Annual report of the Punjab Veterinary College and of the Civil Veterinary Department, Punjab - 1926-1932
Year: 1926
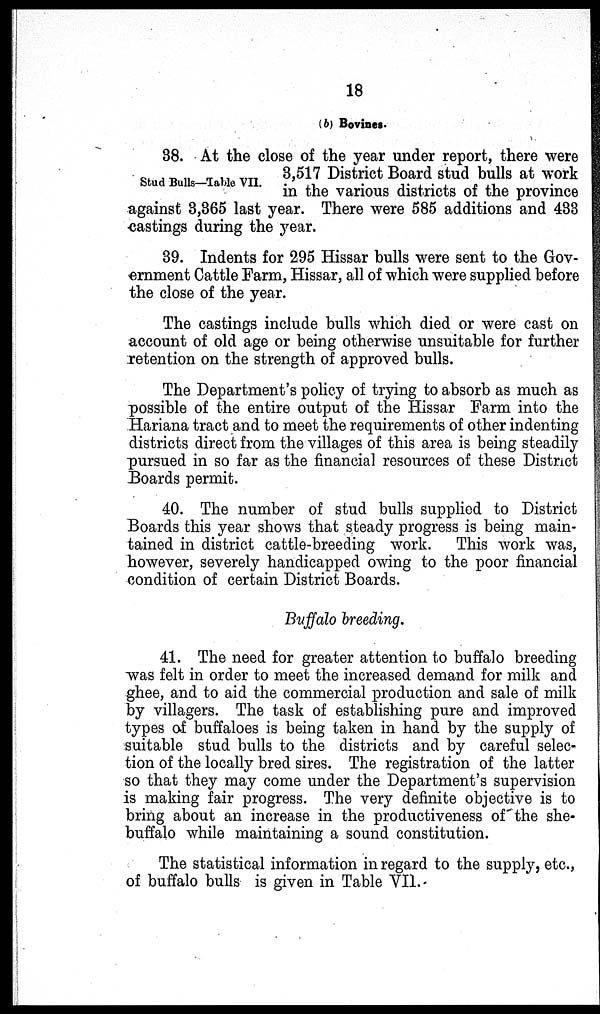
18
(b) Bovines.
Stud Bulls—Table VII.
38.
`report,
there were
3,517 District Board stud bulls at work
in the various districts of the province
against 3,365 last year. There were 585 additions and 433
castings during the year.
39. Indents for 295 Hissar bulls were sent to the Gov-
ernment Cattle Farm, Hissar, all of which were supplied before
the close of the year.
The castings include bulls which died or were cast on
account of old age or being otherwise unsuitable for further
retention on the strength of approved bulls.
The Department's policy of trying to absorb as much as
possible of the entire output of the Hissar Farm into the
Hariana tract and to meet the requirements of other indenting
districts direct from the villages of this area is being steadily
pursued in so far as the financial resources of these District
Boards permit.
40. The number of stud bulls supplied to District
Boards this year shows that steady progress is being main-
tained in district cattle-breeding work.
This work was,
however, severely handicapped owing to the poor financial
condition of certain District Boards.
Buffalo breeding.
41. The need for greater attention to buffalo breeding
was felt in order to meet the increased demand for milk and
ghee, and to aid the commercial production and sale of milk
by villagers. The task of establishing pure and improved
types of buffaloes is being taken in hand by the supply of
suitable stud bulls to the districts and by careful selec-
tion of the locally bred sires. The registration of the latter
so that they may come under the Department's supervision
is making fair progress. The very definite objective is to
bring about an increase in the productiveness of the she-
buffalo while maintaining a sound constitution.
The statistical information in regard to the supply, etc.,
of buffalo bulls is given in Table VII.